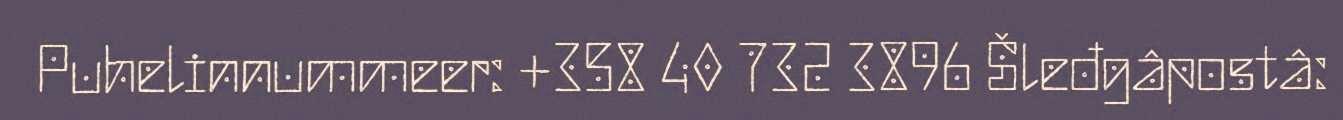
Puhelinnummeer: +358 40 732 3896 Šleđgâpostâ: